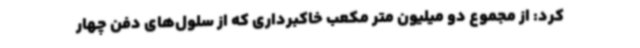
کرد: از مجموع دو میلیون متر مکعب خاکبرداری که از سلول‌های دفن چهار